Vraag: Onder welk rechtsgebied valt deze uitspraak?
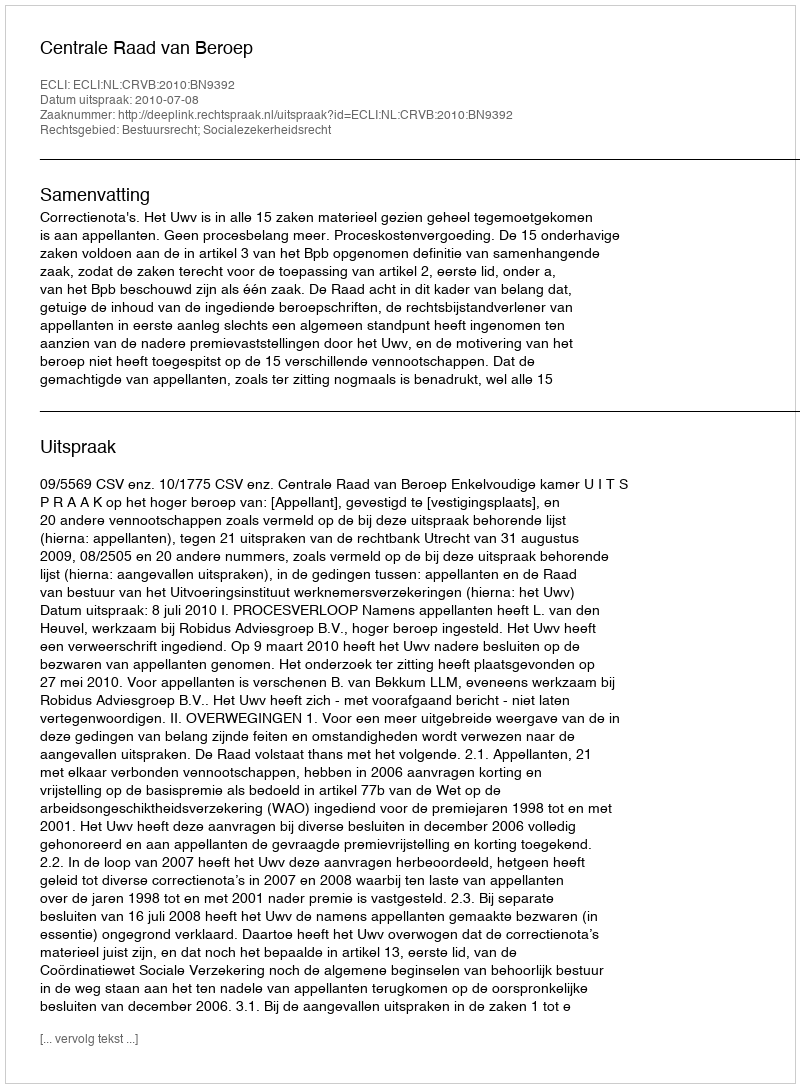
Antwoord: Bestuursrecht; Socialezekerheidsrecht